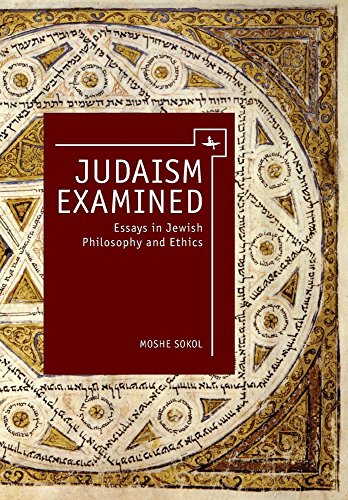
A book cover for Judaism Examined: Essays in Jewish Philosophy and Ethics (Touro College Press); Moshe Sokol; Religion & Spirituality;